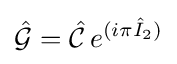
{\hat {\mathcal {G}}}={\hat {\mathcal {C}}}\,e^{(i\pi {\hat {I}}_{2})}